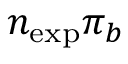
n _ { \mathrm { e x p } } \pi _ { b }